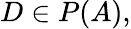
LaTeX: D\in P(A),